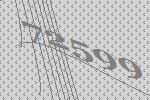
72599